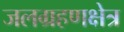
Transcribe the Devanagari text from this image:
जलग्रहणक्षेत्र